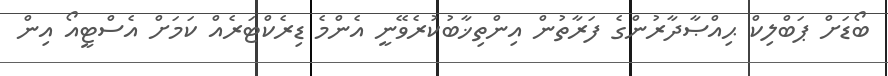
ބޯޑަށް ޕަބްލިކް ޙިއްޞާދާރުންގެ ފަރާތުން އިންތިޚާބުކުރެވޭނީ އެންމެ ޑިރެކްޓަރެއް ކަމަށް އެސްޓީއޯ އިން